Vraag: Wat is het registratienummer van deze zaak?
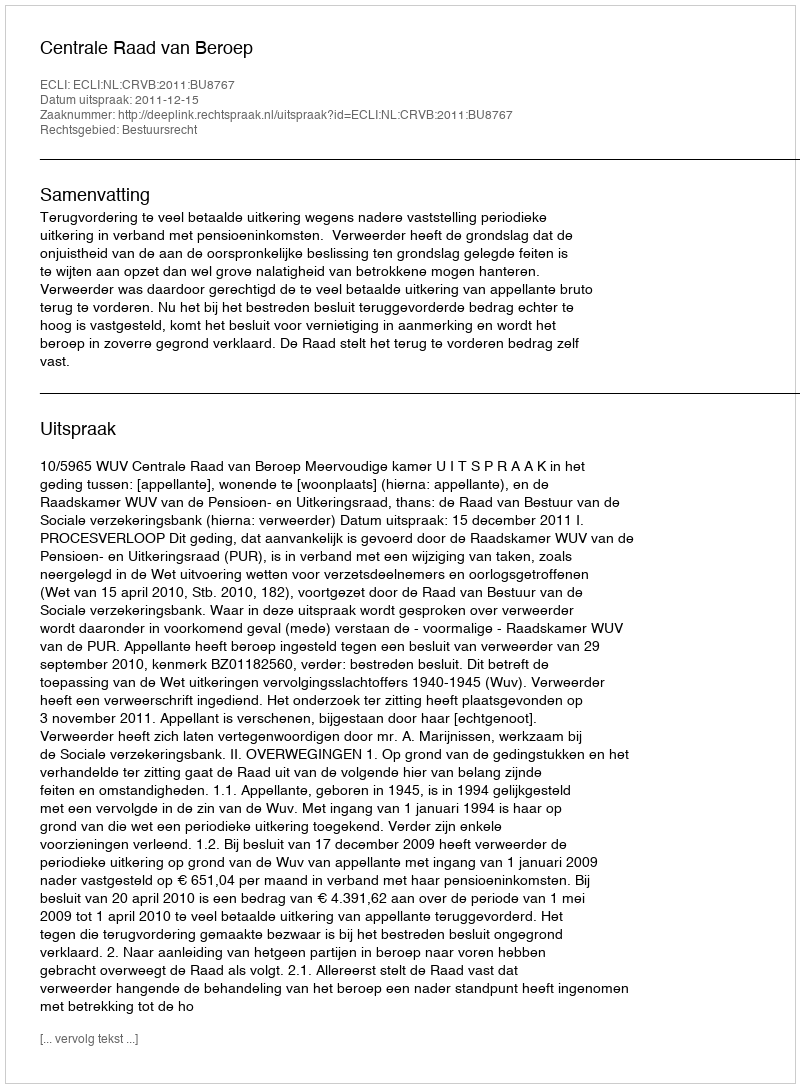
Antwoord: http://deeplink.rechtspraak.nl/uitspraak?id=ECLI:NL:CRVB:2011:BU8767